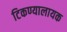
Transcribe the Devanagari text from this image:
टिकण्यालायक